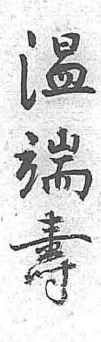
溫端壽